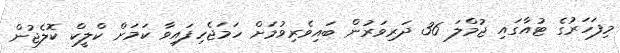
މިފަހަރުގެ ޓުއާގައި ޖުމްލަ 36 ދަރިވަރުން ބައިވެރިވުމަށް ހަމަޖެހިފައިވާ ކަމަށް ކްލީކް ކޮލެޖުން